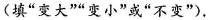
(填”变大””变小”或”不变”)。